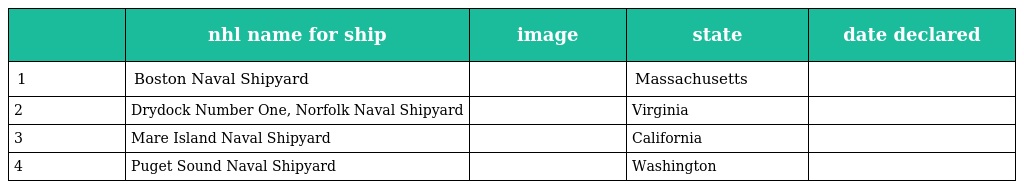
|  | nhl name for ship | image | state | date declared |
 | --- | --- | --- | --- | --- |
 | 1 | Boston Naval Shipyard |  | Massachusetts |  |
 | 2 | Drydock Number One, Norfolk Naval Shipyard |  | Virginia |  |
 | 3 | Mare Island Naval Shipyard |  | California |  |
 | 4 | Puget Sound Naval Shipyard |  | Washington |  |